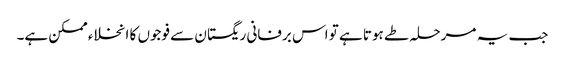
جب یہ مرحلہ طے ہوتا ہے تو اس برفانی ریگستان سے فوجوں کا انخلاء ممکن ہے۔